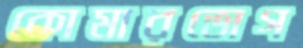
কোমারভোগ